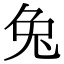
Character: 兔